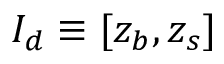
{ \cal I } _ { d } \equiv [ z _ { b } , z _ { s } ]